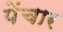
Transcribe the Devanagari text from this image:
पेंचार